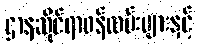
ဌာနဆိုင်ရာဝန်ထမ်းများနှင့်